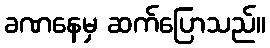
ခဏနေမှ ဆက်ပြောသည်။